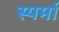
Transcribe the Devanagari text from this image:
स्पर्मा